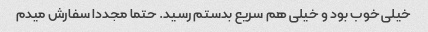
خیلی خوب بود و خیلی هم سریع بدستم رسید. حتما مجددا سفارش میدم